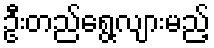
ဦးတည်ရွေ့လျားမည့်